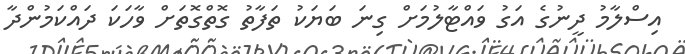
އިސްލާމު ދީނުގެ އަގު ވައްޓާލުމަށް ގިނަ ބަޔަކު ތަފާތު ގޮތްގޮތަށް ވާހަކަ ދައްކަމުންދާ